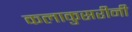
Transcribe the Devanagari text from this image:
कलाकुसरीनी